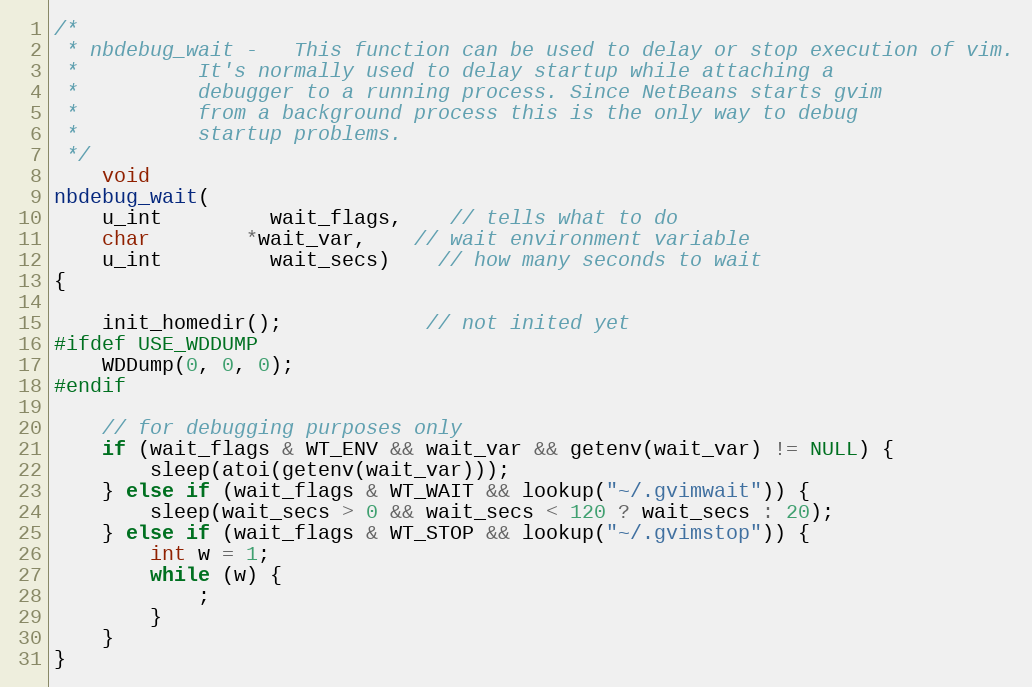
Language: C
/*
 * nbdebug_wait	-   This function can be used to delay or stop execution of vim.
 *		    It's normally used to delay startup while attaching a
 *		    debugger to a running process. Since NetBeans starts gvim
 *		    from a background process this is the only way to debug
 *		    startup problems.
 */
	void
nbdebug_wait(
	u_int		 wait_flags,	// tells what to do
	char		*wait_var,	// wait environment variable
	u_int		 wait_secs)	// how many seconds to wait
{

	init_homedir();			// not inited yet
#ifdef USE_WDDUMP
	WDDump(0, 0, 0);
#endif

	// for debugging purposes only
	if (wait_flags & WT_ENV && wait_var && getenv(wait_var) != NULL) {
		sleep(atoi(getenv(wait_var)));
	} else if (wait_flags & WT_WAIT && lookup("~/.gvimwait")) {
		sleep(wait_secs > 0 && wait_secs < 120 ? wait_secs : 20);
	} else if (wait_flags & WT_STOP && lookup("~/.gvimstop")) {
		int w = 1;
		while (w) {
			;
		}
	}
}